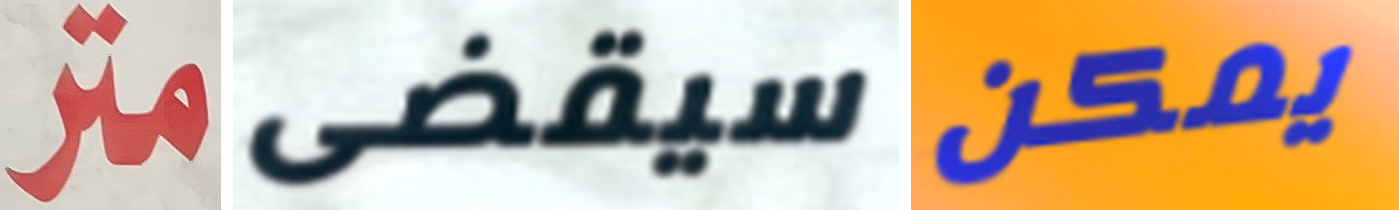
متر سيقضى يمكن